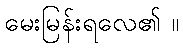
မေးမြန်းရလေ၏ ။